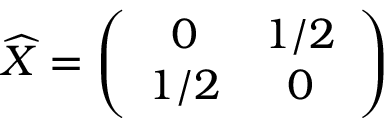
\widehat { X } = \left( \begin{array} { c c } { { 0 } } & { { 1 / 2 } } \\ { { 1 / 2 } } & { { 0 } } \end{array} \right)